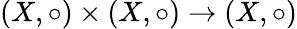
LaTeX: (X,\circ)\times(X,\circ)\to(X,\circ)